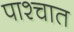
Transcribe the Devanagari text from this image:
पाश्‍चात